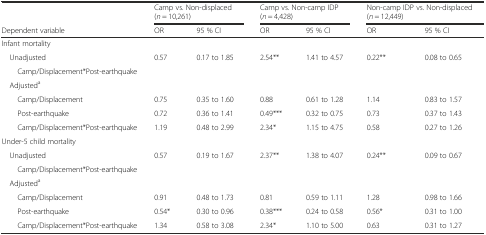
|  | <COLSPAN=2> Camp vs. Non-displaced (n = 10,261) | <COLSPAN=2> Camp vs. Non-camp IDP (n = 4,428) | <COLSPAN=2> Non-camp IDP vs. Non-displaced (n = 12,449) |
 | Dependent variable | OR | 95 % CI | OR | 95 % CI | OR | 95 % CI |
 | --- | --- | --- | --- | --- | --- | --- |
 | <COLSPAN=7> Infant mortality |
 | Unadjusted | <ROWSPAN=2> 0.57 | <ROWSPAN=2> 0.17 to 1.85 | <ROWSPAN=2> 2.54** | <ROWSPAN=2> 1.41 to 4.57 | <ROWSPAN=2> 0.22** | <ROWSPAN=2> 0.08 to 0.65 |
 | Camp/Displacement*Post-earthquake |
 | Adjusteda |  |  |  |  |  |  |
 | Camp/Displacement | 0.75 | 0.35 to 1.60 | 0.88 | 0.61 to 1.28 | 1.14 | 0.83 to 1.57 |
 | Post-earthquake | 0.72 | 0.36 to 1.41 | 0.49*** | 0.32 to 0.75 | 0.73 | 0.37 to 1.43 |
 | Camp/Displacement*Post-earthquake | 1.19 | 0.48 to 2.99 | 2.34* | 1.15 to 4.75 | 0.58 | 0.27 to 1.26 |
 | <COLSPAN=7> Under-5 child mortality |
 | Unadjusted | <ROWSPAN=2> 0.57 | <ROWSPAN=2> 0.19 to 1.67 | <ROWSPAN=2> 2.37** | <ROWSPAN=2> 1.38 to 4.07 | <ROWSPAN=2> 0.24** | <ROWSPAN=2> 0.09 to 0.67 |
 | Camp/Displacement*Post-earthquake |
 | <COLSPAN=7> Adjusteda |
 | Camp/Displacement | 0.91 | 0.48 to 1.73 | 0.81 | 0.59 to 1.11 | 1.28 | 0.98 to 1.66 |
 | Post-earthquake | 0.54* | 0.30 to 0.96 | 0.38*** | 0.24 to 0.58 | 0.56* | 0.31 to 1.00 |
 | Camp/Displacement*Post-earthquake | 1.34 | 0.58 to 3.08 | 2.34* | 1.10 to 5.00 | 0.63 | 0.31 to 1.27 |